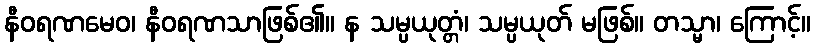
နီဝရဏမေဝ၊ နီဝရဏသာဖြစ်၏။ န သမ္ပယုတ္တံ၊ သမ္ပယုတ် မဖြစ်။ တသ္မာ၊ ကြောင့်။